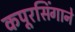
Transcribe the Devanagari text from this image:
कपूरसिंगाने